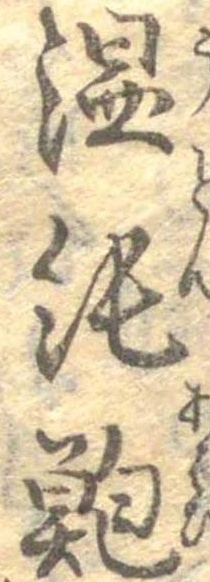
温飩鮑